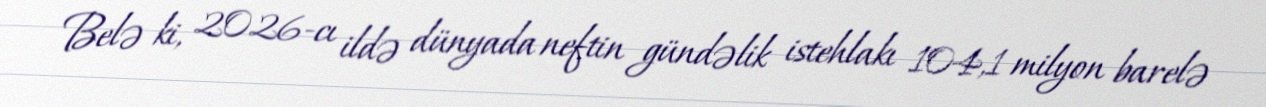
Belə ki, 2026-cı ildə dünyada neftin gündəlik istehlakı 104,1 milyon barelə